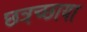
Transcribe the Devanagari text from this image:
छत्रच्छाया